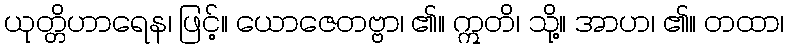
ယုတ္တိဟာရေန၊ ဖြင့်။ ယောဇေတဗ္ဗာ၊ ၏။ ဣတိ၊ သို့။ အာဟ၊ ၏။ တထာ၊